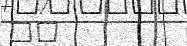
٩٠